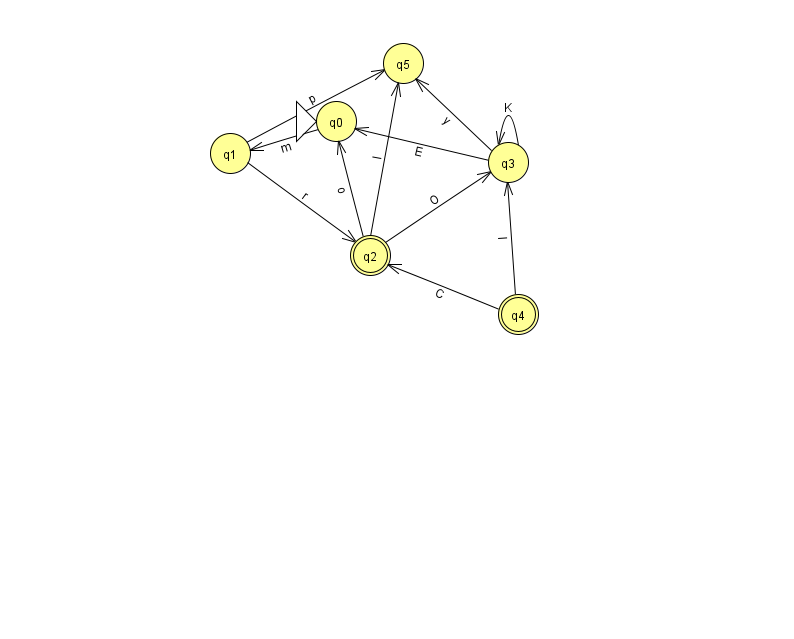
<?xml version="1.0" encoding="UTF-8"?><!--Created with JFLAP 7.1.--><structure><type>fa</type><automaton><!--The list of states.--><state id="0" name="q0"><x>336.0</x><y>108.0</y><initial/></state><state id="1" name="q1"><x>230.0</x><y>140.0</y></state><state id="2" name="q2"><x>370.0</x><y>242.0</y><final/></state><state id="3" name="q3"><x>508.0</x><y>149.0</y></state><state id="4" name="q4"><x>518.0</x><y>301.0</y><final/></state><state id="5" name="q5"><x>403.0</x><y>50.0</y></state><!--The list of transitions.--><transition><from>1</from><to>2</to><read>r</read></transition><transition><from>2</from><to>5</to><read>I</read></transition><transition><from>4</from><to>3</to><read>l</read></transition><transition><from>0</from><to>1</to><read>m</read></transition><transition><from>3</from><to>5</to><read>y</read></transition><transition><from>2</from><to>0</to><read>o</read></transition><transition><from>2</from><to>3</to><read>O</read></transition><transition><from>3</from><to>0</to><read>E</read></transition><transition><from>1</from><to>5</to><read>p</read></transition><transition><from>3</from><to>3</to><read>K</read></transition><transition><from>4</from><to>2</to><read>C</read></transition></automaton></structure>